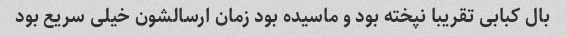
بال کبابی تقریبا نپخته بود و ماسیده بود زمان ارسالشون خیلی سریع بود